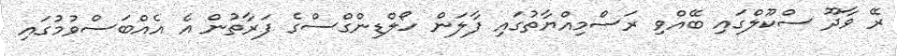
ރޭ ވާދޫ ސްކޫލްގައި ބޭއްވި ރަސްމިއްޔާތުގައި ފާލަން ހޯލްޑިންގްސްގެ ފަރާތުން އެ އެއްބަސްވުމުގައި